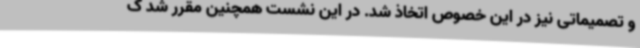
و تصمیماتی نیز در این خصوص اتخاذ شد. در این نشست همچنین مقرر شد ک